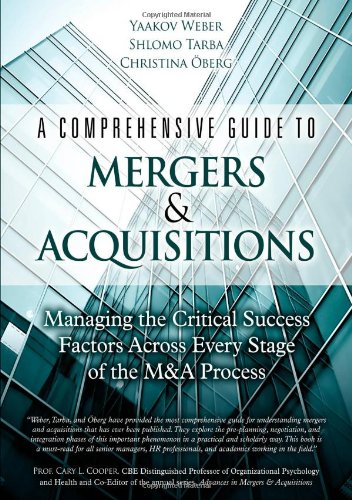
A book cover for A Comprehensive Guide to Mergers & Acquisitions: Managing the Critical Success Factors Across Every Stage of the M&A Process; Yaakov Weber; Computers & Technology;